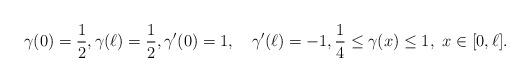
LaTeX: \begin{align*}\gamma(0)=\frac12,\gamma(\ell)=\frac12,\gamma'(0)=1,\quad\gamma'(\ell)=-1,\frac14\leq\gamma(x)\leq1,~x\in[0,\ell].\end{align*}